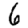
Digit: 6